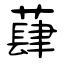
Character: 蕼